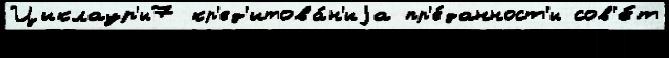
Циклаур'и7 кр'ед'итова́н'иjа пр'е́данност'и сов'е́т